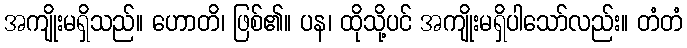
အကျိုးမရှိသည်။ ဟောတိ၊ ဖြစ်၏။ ပန၊ ထိုသို့ပင် အကျိုးမရှိပါသော်လည်း။ တံတံ